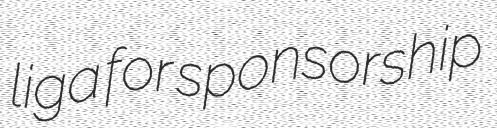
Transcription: liga for sponsorship